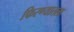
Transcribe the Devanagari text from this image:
फिरण्यातला